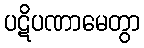
ပဋိပဏာမေတွာ